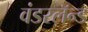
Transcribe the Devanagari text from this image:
वंडरलॅन्ड